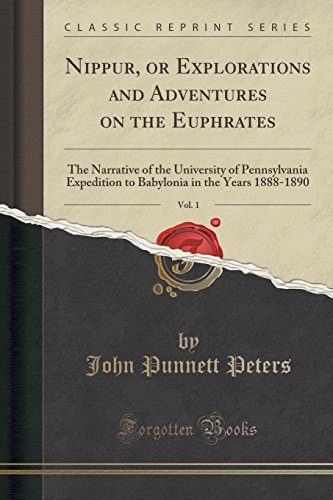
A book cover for Nippur, or Explorations and Adventures on the Euphrates, Vol. 1: The Narrative of the University of Pennsylvania Expedition to Babylonia in the Years 1888-1890 (Classic Reprint); John Punnett Peters; History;